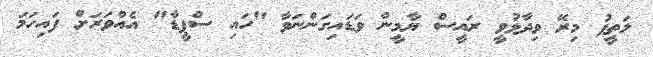
ލަތީފު މިރޭ ވިދާޅުވީ ރައީސް ޔާމީން ވަޑައިގަންނަވާ "ހައި ސްޕީޑާ" އެއްވަރަށް ފައިހަމަ